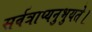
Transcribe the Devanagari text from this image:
सर्वत्राप्यनुभुयते।